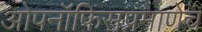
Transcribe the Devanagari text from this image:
ओपनॉफिसप्रमाणेच